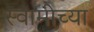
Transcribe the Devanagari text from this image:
स्‍वामीच्‍या